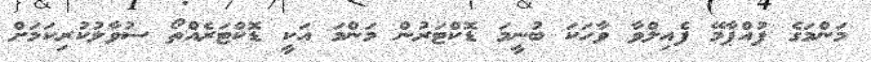
މަންމަގެ ފުއްޕާމޭ ފެއިލްވާ ވާހަކަ ބުނީމަ ޑޮކްޓަރުން މަންމަ އަކީ ޑޮކްޓަރެއްތޯ ސުވާލުކުރިކަމަށް